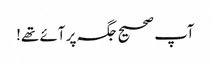
آپ صحیح جگہ پر آئے تھے!